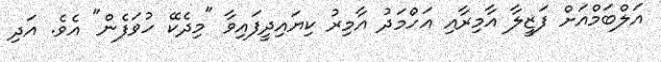
އަލްބަމްއަށް ފަޒީލާ އާމިރާއި އަހްމަދު އާމިރު ކިޔައިދީފައިވާ "މިދެކޭ ހުވަފެން" އެވެ. އަދި